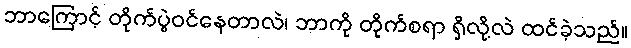
ဘာကြောင့် တိုက်ပွဲဝင်နေတာလဲ၊ ဘာကို တိုက်စရာ ရှိလို့လဲ ထင်ခဲ့သည်။